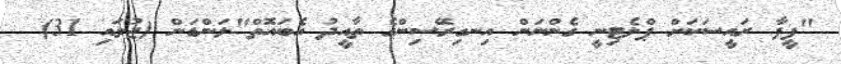
"ފީފާ ރައީސަކަށް ޕްލެޓިނީ ގެންނަން އިނގިރޭސިންގެ ތާއީދު އެބައޮތް"ލަންޑަން (ޖުލައި 31)